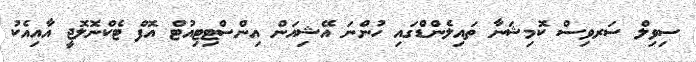
ސިވިލް ސަރވިސް ކޮމިޝަނާ ތައިލެންޑްގައި ހުންނަ އޭޝިއަން އިންސްޓިޓިއުޓް އޮފް ޓެކްނޮލޮޖީ އާއިއެކު